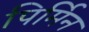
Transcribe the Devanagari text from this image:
पिर्मिन